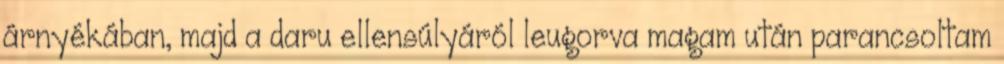
árnyékában, majd a daru ellensúlyáról leugorva magam után parancsoltam